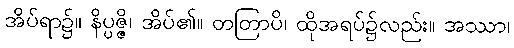
အိပ်ရာ၌။ နိပ္ပဇ္ဇိ၊ အိပ်၏။ တတြာပိ၊ ထိုအရပ်၌လည်း။ အဿာ၊